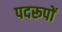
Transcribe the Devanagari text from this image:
पदरूपों